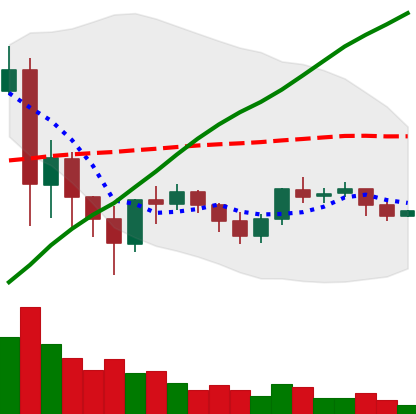
Ticker: XRP-USD
Chart end date: 2021-06-06
Forward return: -10.244%
Label: down_7plus